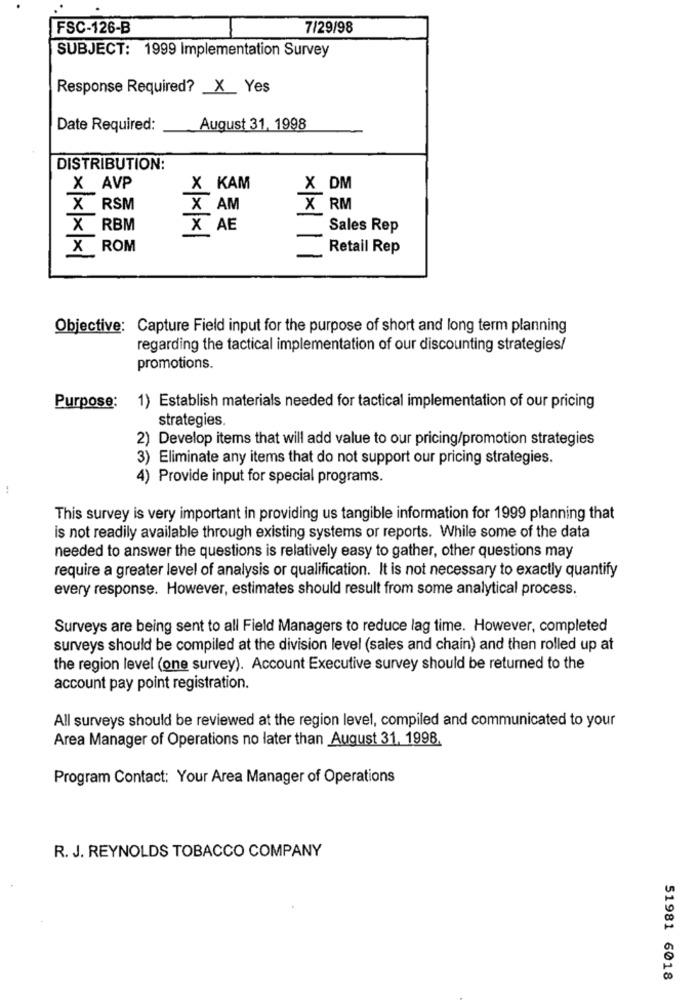
FSC-126-B
7/29/98
SUBJECT: 1999 Implementation Survey
Response Required? _ X_Yes
Date Required:
August 31, 1998
DISTRIBUTION:
X AVP
X KAM
X DM
X RSM
X AM
X RM
X RBM
X AE
Sales Rep
X ROM
Retail Rep
11
Objective: Capture Field input for the purpose of short and long term planning
regarding the tactical implementation of our discounting strategies/
promotions.
Purpose:
1) Establish materials needed for tactical implementation of our pricing
strategies.
2) Develop items that will add value to our pricing/promotion strategies
3) Eliminate any items that do not support our pricing strategies.
4) Provide input for special programs.
This survey is very important in providing us tangible information for 1999 planning that
is not readily available through existing systems or reports. While some of the data
needed to answer the questions is relatively easy to gather, other questions may
require a greater level of analysis or qualification. It is not necessary to exactly quantify
every response. However, estimates should result from some analytical process.
Surveys are being sent to all Field Managers to reduce lag time. However, completed
surveys should be compiled at the division level (sales and chain) and then rolled up at
the region level (one survey). Account Executive survey should be returned to the
account pay point registration.
All surveys should be reviewed at the region level, compiled and communicated to your
Area Manager of Operations no later than August 31, 1998.
Program Contact: Your Area Manager of Operations
R. J. REYNOLDS TOBACCO COMPANY
51981 6018